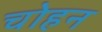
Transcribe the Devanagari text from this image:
चोहन